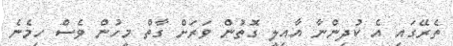
ތެރޭގައި އެ ކުދިންނާ އާއިލީ ގޮތުން ވަރަށް ގާތް މީހުން ވެސް ހިމެނެ